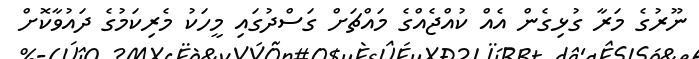
ނޫރުގެ މަރާ ގުޅިގެން އެއް ކުއްޖެއްގެ މައްޗަށް ގަސްދުގައި މީހަކު މެރިކަމުގެ ދައުވާކޮށް